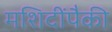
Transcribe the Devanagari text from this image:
मशिदींपैकी